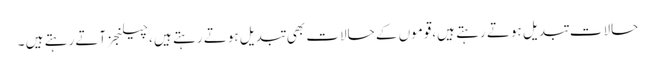
حالات تبدیل ہوتے رہتے ہیں،قوموں کے حالات بھی تبدیل ہوتے رہتے ہیں ،چیلنجز آتے رہتے ہیں ۔